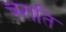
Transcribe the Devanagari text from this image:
चराति